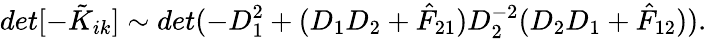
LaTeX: det[-\tilde{K}_{ik}]\sim det(-D_{1}^{2}+(D_{1}D_{2}+\hat{F}_{21})D_{2}^{-2}(D_{2}D_{1}+\hat{F}_{12})).